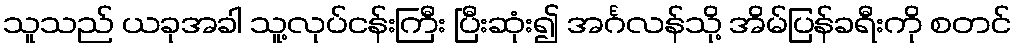
သူသည် ယခုအခါ သူ့လုပ်ငန်းကြီး ပြီးဆုံး၍ အင်္ဂလန်သို့ အိမ်ပြန်ခရီးကို စတင်